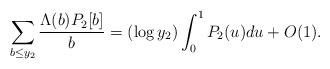
LaTeX: \begin{align*}\sum_{\substack{b \leq y_2}} \frac{\Lambda(b) P_2[b]}{b} &= (\log y_2) \int_0^1 P_2(u) du + O(1).\end{align*}